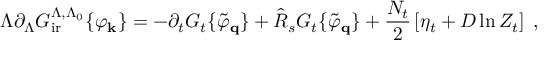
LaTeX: \Lambda \partial _ { \Lambda } { \cal { G } } _ { \mathrm { i r } } ^ { \Lambda , \Lambda _ { 0 } } \{ \varphi _ { \bf { k } } \} = - \partial _ { t } { \cal { G } } _ { t } \{ \tilde { \varphi } _ { \bf { q } } \} + \hat { \cal { R } } _ { s } { \cal { G } } _ { t } \{ \tilde { \varphi } _ { \bf { q } } \} + \frac { N _ { t } } { 2 } \left[ \eta _ { t } + D \ln Z _ { t } \right] \; ,